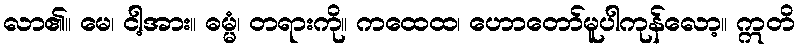
လာ၏။ မေ၊ ငါ့အား။ ဓမ္မံ၊ တရားကို။ ကထေထ၊ ဟောတော်မူပါကုန်လော့။ ဣတိ